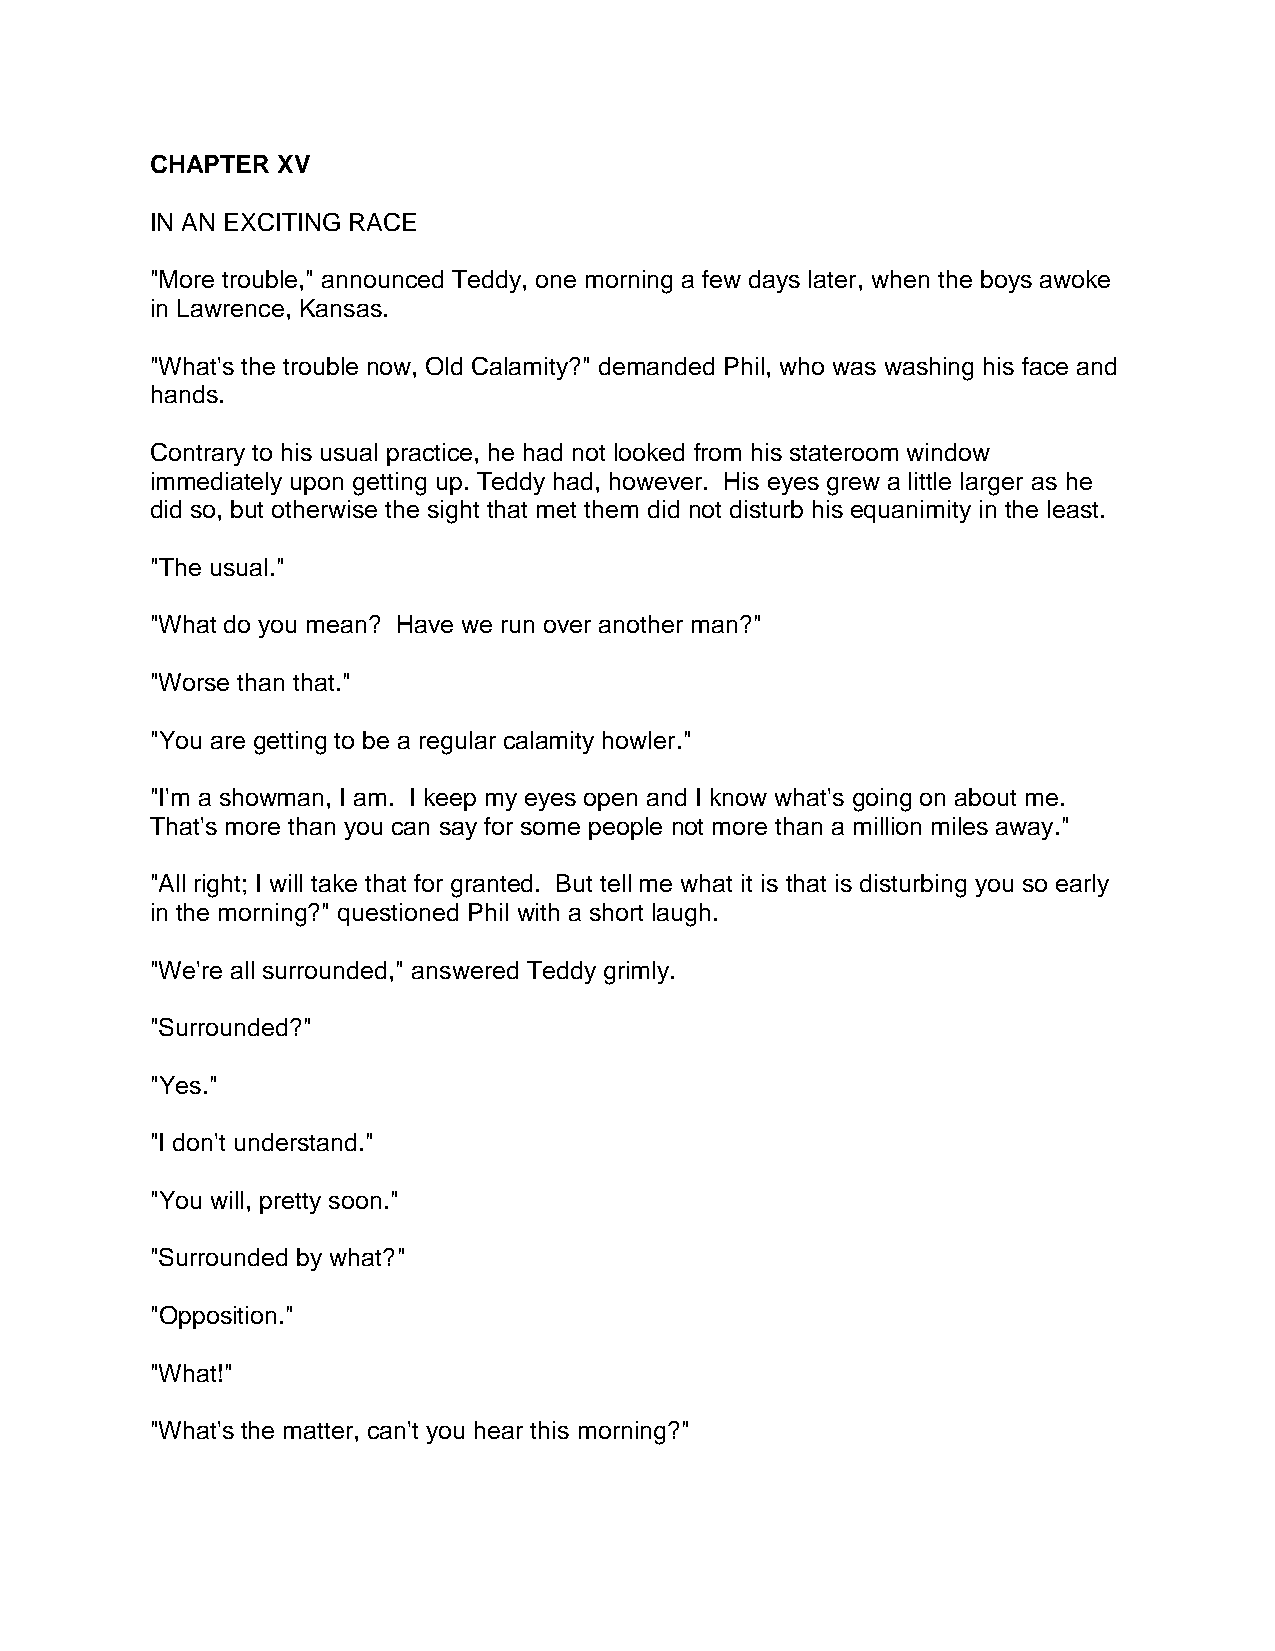
CHAPTER XV
 IN AN EXCITING RACE
 "More trouble," announced Teddy, one morning a few days later, when the boys awoke
 in Lawrence, Kansas.
 "What's the trouble now, Old Calamity?" demanded Phil, who was washing his face and
 hands.
 Contrary to his usual practice, he had not looked from his stateroom window
 immediately upon getting up. Teddy had, however. His eyes grew a little larger as he
 did so, but otherwise the sight that met them did not disturb his equanimity in the least.
 "The usual."
 "What do you mean? Have we run over another man?"
 "Worse than that."
 "You are getting to be a regular calamity howler."
 "I'm a showman, I am. I keep my eyes open and I know what's going on about me.
 That's more than you can say for some people not more than a million miles away."
 "All right; I will take that for granted. But tell me what it is that is disturbing you so early
 in the morning?" questioned Phil with a short laugh.
 "We're all surrounded," answered Teddy grimly.
 "Surrounded?"
 "Yes."
 "I don't understand."
 "You will, pretty soon."
 "Surrounded by what?"
 "Opposition."
 "What!"
 "What's the matter, can't you hear this morning?"